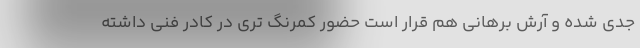
جدی شده و آرش برهانی هم قرار است حضور کمرنگ تری در کادر فنی داشته